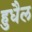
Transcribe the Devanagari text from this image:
हुधैल